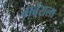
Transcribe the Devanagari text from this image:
बार्बराला